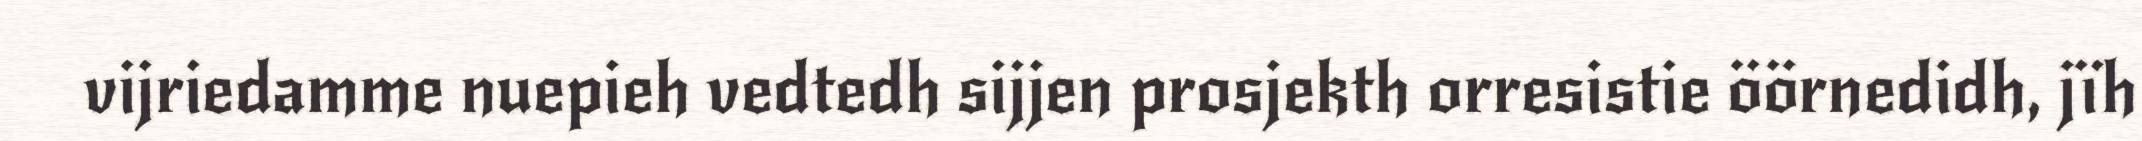
vijriedamme nuepieh vedtedh sijjen prosjekth orresistie öörnedidh, jïh